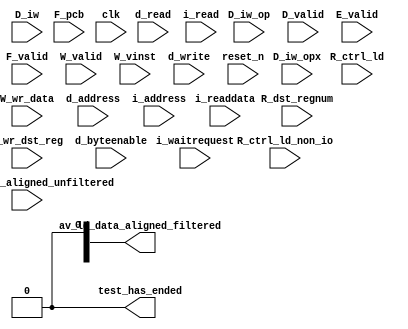
//Legal Notice: (C)2015 Altera Corporation. All rights reserved.  Your
//use of Altera Corporation's design tools, logic functions and other
//software and tools, and its AMPP partner logic functions, and any
//output files any of the foregoing (including device programming or
//simulation files), and any associated documentation or information are
//expressly subject to the terms and conditions of the Altera Program
//License Subscription Agreement or other applicable license agreement,
//including, without limitation, that your use is for the sole purpose
//of programming logic devices manufactured by Altera and sold by Altera
//or its authorized distributors.  Please refer to the applicable
//agreement for further details.

// synthesis translate_off
`timescale 1ns / 1ps
// synthesis translate_on

// turn off superfluous verilog processor warnings 
// altera message_level Level1 
// altera message_off 10034 10035 10036 10037 10230 10240 10030 

module DE0_Nano_SOPC_cpu_test_bench (
                                      // inputs:
                                       D_iw,
                                       D_iw_op,
                                       D_iw_opx,
                                       D_valid,
                                       E_valid,
                                       F_pcb,
                                       F_valid,
                                       R_ctrl_ld,
                                       R_ctrl_ld_non_io,
                                       R_dst_regnum,
                                       R_wr_dst_reg,
                                       W_valid,
                                       W_vinst,
                                       W_wr_data,
                                       av_ld_data_aligned_unfiltered,
                                       clk,
                                       d_address,
                                       d_byteenable,
                                       d_read,
                                       d_write,
                                       i_address,
                                       i_read,
                                       i_readdata,
                                       i_waitrequest,
                                       reset_n,

                                      // outputs:
                                       av_ld_data_aligned_filtered,
                                       test_has_ended
                                    )
;

  output  [ 31: 0] av_ld_data_aligned_filtered;
  output           test_has_ended;
  input   [ 31: 0] D_iw;
  input   [  5: 0] D_iw_op;
  input   [  5: 0] D_iw_opx;
  input            D_valid;
  input            E_valid;
  input   [ 26: 0] F_pcb;
  input            F_valid;
  input            R_ctrl_ld;
  input            R_ctrl_ld_non_io;
  input   [  4: 0] R_dst_regnum;
  input            R_wr_dst_reg;
  input            W_valid;
  input   [ 55: 0] W_vinst;
  input   [ 31: 0] W_wr_data;
  input   [ 31: 0] av_ld_data_aligned_unfiltered;
  input            clk;
  input   [ 26: 0] d_address;
  input   [  3: 0] d_byteenable;
  input            d_read;
  input            d_write;
  input   [ 26: 0] i_address;
  input            i_read;
  input   [ 31: 0] i_readdata;
  input            i_waitrequest;
  input            reset_n;

  wire             D_op_add;
  wire             D_op_addi;
  wire             D_op_and;
  wire             D_op_andhi;
  wire             D_op_andi;
  wire             D_op_beq;
  wire             D_op_bge;
  wire             D_op_bgeu;
  wire             D_op_blt;
  wire             D_op_bltu;
  wire             D_op_bne;
  wire             D_op_br;
  wire             D_op_break;
  wire             D_op_bret;
  wire             D_op_call;
  wire             D_op_callr;
  wire             D_op_cmpeq;
  wire             D_op_cmpeqi;
  wire             D_op_cmpge;
  wire             D_op_cmpgei;
  wire             D_op_cmpgeu;
  wire             D_op_cmpgeui;
  wire             D_op_cmplt;
  wire             D_op_cmplti;
  wire             D_op_cmpltu;
  wire             D_op_cmpltui;
  wire             D_op_cmpne;
  wire             D_op_cmpnei;
  wire             D_op_crst;
  wire             D_op_custom;
  wire             D_op_div;
  wire             D_op_divu;
  wire             D_op_eret;
  wire             D_op_flushd;
  wire             D_op_flushda;
  wire             D_op_flushi;
  wire             D_op_flushp;
  wire             D_op_hbreak;
  wire             D_op_initd;
  wire             D_op_initda;
  wire             D_op_initi;
  wire             D_op_intr;
  wire             D_op_jmp;
  wire             D_op_jmpi;
  wire             D_op_ldb;
  wire             D_op_ldbio;
  wire             D_op_ldbu;
  wire             D_op_ldbuio;
  wire             D_op_ldh;
  wire             D_op_ldhio;
  wire             D_op_ldhu;
  wire             D_op_ldhuio;
  wire             D_op_ldl;
  wire             D_op_ldw;
  wire             D_op_ldwio;
  wire             D_op_mul;
  wire             D_op_muli;
  wire             D_op_mulxss;
  wire             D_op_mulxsu;
  wire             D_op_mulxuu;
  wire             D_op_nextpc;
  wire             D_op_nor;
  wire             D_op_opx;
  wire             D_op_or;
  wire             D_op_orhi;
  wire             D_op_ori;
  wire             D_op_rdctl;
  wire             D_op_rdprs;
  wire             D_op_ret;
  wire             D_op_rol;
  wire             D_op_roli;
  wire             D_op_ror;
  wire             D_op_rsv02;
  wire             D_op_rsv09;
  wire             D_op_rsv10;
  wire             D_op_rsv17;
  wire             D_op_rsv18;
  wire             D_op_rsv25;
  wire             D_op_rsv26;
  wire             D_op_rsv33;
  wire             D_op_rsv34;
  wire             D_op_rsv41;
  wire             D_op_rsv42;
  wire             D_op_rsv49;
  wire             D_op_rsv57;
  wire             D_op_rsv61;
  wire             D_op_rsv62;
  wire             D_op_rsv63;
  wire             D_op_rsvx00;
  wire             D_op_rsvx10;
  wire             D_op_rsvx15;
  wire             D_op_rsvx17;
  wire             D_op_rsvx21;
  wire             D_op_rsvx25;
  wire             D_op_rsvx33;
  wire             D_op_rsvx34;
  wire             D_op_rsvx35;
  wire             D_op_rsvx42;
  wire             D_op_rsvx43;
  wire             D_op_rsvx44;
  wire             D_op_rsvx47;
  wire             D_op_rsvx50;
  wire             D_op_rsvx51;
  wire             D_op_rsvx55;
  wire             D_op_rsvx56;
  wire             D_op_rsvx60;
  wire             D_op_rsvx63;
  wire             D_op_sll;
  wire             D_op_slli;
  wire             D_op_sra;
  wire             D_op_srai;
  wire             D_op_srl;
  wire             D_op_srli;
  wire             D_op_stb;
  wire             D_op_stbio;
  wire             D_op_stc;
  wire             D_op_sth;
  wire             D_op_sthio;
  wire             D_op_stw;
  wire             D_op_stwio;
  wire             D_op_sub;
  wire             D_op_sync;
  wire             D_op_trap;
  wire             D_op_wrctl;
  wire             D_op_wrprs;
  wire             D_op_xor;
  wire             D_op_xorhi;
  wire             D_op_xori;
  wire    [ 31: 0] av_ld_data_aligned_filtered;
  wire             av_ld_data_aligned_unfiltered_0_is_x;
  wire             av_ld_data_aligned_unfiltered_10_is_x;
  wire             av_ld_data_aligned_unfiltered_11_is_x;
  wire             av_ld_data_aligned_unfiltered_12_is_x;
  wire             av_ld_data_aligned_unfiltered_13_is_x;
  wire             av_ld_data_aligned_unfiltered_14_is_x;
  wire             av_ld_data_aligned_unfiltered_15_is_x;
  wire             av_ld_data_aligned_unfiltered_16_is_x;
  wire             av_ld_data_aligned_unfiltered_17_is_x;
  wire             av_ld_data_aligned_unfiltered_18_is_x;
  wire             av_ld_data_aligned_unfiltered_19_is_x;
  wire             av_ld_data_aligned_unfiltered_1_is_x;
  wire             av_ld_data_aligned_unfiltered_20_is_x;
  wire             av_ld_data_aligned_unfiltered_21_is_x;
  wire             av_ld_data_aligned_unfiltered_22_is_x;
  wire             av_ld_data_aligned_unfiltered_23_is_x;
  wire             av_ld_data_aligned_unfiltered_24_is_x;
  wire             av_ld_data_aligned_unfiltered_25_is_x;
  wire             av_ld_data_aligned_unfiltered_26_is_x;
  wire             av_ld_data_aligned_unfiltered_27_is_x;
  wire             av_ld_data_aligned_unfiltered_28_is_x;
  wire             av_ld_data_aligned_unfiltered_29_is_x;
  wire             av_ld_data_aligned_unfiltered_2_is_x;
  wire             av_ld_data_aligned_unfiltered_30_is_x;
  wire             av_ld_data_aligned_unfiltered_31_is_x;
  wire             av_ld_data_aligned_unfiltered_3_is_x;
  wire             av_ld_data_aligned_unfiltered_4_is_x;
  wire             av_ld_data_aligned_unfiltered_5_is_x;
  wire             av_ld_data_aligned_unfiltered_6_is_x;
  wire             av_ld_data_aligned_unfiltered_7_is_x;
  wire             av_ld_data_aligned_unfiltered_8_is_x;
  wire             av_ld_data_aligned_unfiltered_9_is_x;
  wire             test_has_ended;
  assign D_op_call = D_iw_op == 0;
  assign D_op_jmpi = D_iw_op == 1;
  assign D_op_ldbu = D_iw_op == 3;
  assign D_op_addi = D_iw_op == 4;
  assign D_op_stb = D_iw_op == 5;
  assign D_op_br = D_iw_op == 6;
  assign D_op_ldb = D_iw_op == 7;
  assign D_op_cmpgei = D_iw_op == 8;
  assign D_op_ldhu = D_iw_op == 11;
  assign D_op_andi = D_iw_op == 12;
  assign D_op_sth = D_iw_op == 13;
  assign D_op_bge = D_iw_op == 14;
  assign D_op_ldh = D_iw_op == 15;
  assign D_op_cmplti = D_iw_op == 16;
  assign D_op_initda = D_iw_op == 19;
  assign D_op_ori = D_iw_op == 20;
  assign D_op_stw = D_iw_op == 21;
  assign D_op_blt = D_iw_op == 22;
  assign D_op_ldw = D_iw_op == 23;
  assign D_op_cmpnei = D_iw_op == 24;
  assign D_op_flushda = D_iw_op == 27;
  assign D_op_xori = D_iw_op == 28;
  assign D_op_stc = D_iw_op == 29;
  assign D_op_bne = D_iw_op == 30;
  assign D_op_ldl = D_iw_op == 31;
  assign D_op_cmpeqi = D_iw_op == 32;
  assign D_op_ldbuio = D_iw_op == 35;
  assign D_op_muli = D_iw_op == 36;
  assign D_op_stbio = D_iw_op == 37;
  assign D_op_beq = D_iw_op == 38;
  assign D_op_ldbio = D_iw_op == 39;
  assign D_op_cmpgeui = D_iw_op == 40;
  assign D_op_ldhuio = D_iw_op == 43;
  assign D_op_andhi = D_iw_op == 44;
  assign D_op_sthio = D_iw_op == 45;
  assign D_op_bgeu = D_iw_op == 46;
  assign D_op_ldhio = D_iw_op == 47;
  assign D_op_cmpltui = D_iw_op == 48;
  assign D_op_initd = D_iw_op == 51;
  assign D_op_orhi = D_iw_op == 52;
  assign D_op_stwio = D_iw_op == 53;
  assign D_op_bltu = D_iw_op == 54;
  assign D_op_ldwio = D_iw_op == 55;
  assign D_op_rdprs = D_iw_op == 56;
  assign D_op_flushd = D_iw_op == 59;
  assign D_op_xorhi = D_iw_op == 60;
  assign D_op_rsv02 = D_iw_op == 2;
  assign D_op_rsv09 = D_iw_op == 9;
  assign D_op_rsv10 = D_iw_op == 10;
  assign D_op_rsv17 = D_iw_op == 17;
  assign D_op_rsv18 = D_iw_op == 18;
  assign D_op_rsv25 = D_iw_op == 25;
  assign D_op_rsv26 = D_iw_op == 26;
  assign D_op_rsv33 = D_iw_op == 33;
  assign D_op_rsv34 = D_iw_op == 34;
  assign D_op_rsv41 = D_iw_op == 41;
  assign D_op_rsv42 = D_iw_op == 42;
  assign D_op_rsv49 = D_iw_op == 49;
  assign D_op_rsv57 = D_iw_op == 57;
  assign D_op_rsv61 = D_iw_op == 61;
  assign D_op_rsv62 = D_iw_op == 62;
  assign D_op_rsv63 = D_iw_op == 63;
  assign D_op_eret = D_op_opx & (D_iw_opx == 1);
  assign D_op_roli = D_op_opx & (D_iw_opx == 2);
  assign D_op_rol = D_op_opx & (D_iw_opx == 3);
  assign D_op_flushp = D_op_opx & (D_iw_opx == 4);
  assign D_op_ret = D_op_opx & (D_iw_opx == 5);
  assign D_op_nor = D_op_opx & (D_iw_opx == 6);
  assign D_op_mulxuu = D_op_opx & (D_iw_opx == 7);
  assign D_op_cmpge = D_op_opx & (D_iw_opx == 8);
  assign D_op_bret = D_op_opx & (D_iw_opx == 9);
  assign D_op_ror = D_op_opx & (D_iw_opx == 11);
  assign D_op_flushi = D_op_opx & (D_iw_opx == 12);
  assign D_op_jmp = D_op_opx & (D_iw_opx == 13);
  assign D_op_and = D_op_opx & (D_iw_opx == 14);
  assign D_op_cmplt = D_op_opx & (D_iw_opx == 16);
  assign D_op_slli = D_op_opx & (D_iw_opx == 18);
  assign D_op_sll = D_op_opx & (D_iw_opx == 19);
  assign D_op_wrprs = D_op_opx & (D_iw_opx == 20);
  assign D_op_or = D_op_opx & (D_iw_opx == 22);
  assign D_op_mulxsu = D_op_opx & (D_iw_opx == 23);
  assign D_op_cmpne = D_op_opx & (D_iw_opx == 24);
  assign D_op_srli = D_op_opx & (D_iw_opx == 26);
  assign D_op_srl = D_op_opx & (D_iw_opx == 27);
  assign D_op_nextpc = D_op_opx & (D_iw_opx == 28);
  assign D_op_callr = D_op_opx & (D_iw_opx == 29);
  assign D_op_xor = D_op_opx & (D_iw_opx == 30);
  assign D_op_mulxss = D_op_opx & (D_iw_opx == 31);
  assign D_op_cmpeq = D_op_opx & (D_iw_opx == 32);
  assign D_op_divu = D_op_opx & (D_iw_opx == 36);
  assign D_op_div = D_op_opx & (D_iw_opx == 37);
  assign D_op_rdctl = D_op_opx & (D_iw_opx == 38);
  assign D_op_mul = D_op_opx & (D_iw_opx == 39);
  assign D_op_cmpgeu = D_op_opx & (D_iw_opx == 40);
  assign D_op_initi = D_op_opx & (D_iw_opx == 41);
  assign D_op_trap = D_op_opx & (D_iw_opx == 45);
  assign D_op_wrctl = D_op_opx & (D_iw_opx == 46);
  assign D_op_cmpltu = D_op_opx & (D_iw_opx == 48);
  assign D_op_add = D_op_opx & (D_iw_opx == 49);
  assign D_op_break = D_op_opx & (D_iw_opx == 52);
  assign D_op_hbreak = D_op_opx & (D_iw_opx == 53);
  assign D_op_sync = D_op_opx & (D_iw_opx == 54);
  assign D_op_sub = D_op_opx & (D_iw_opx == 57);
  assign D_op_srai = D_op_opx & (D_iw_opx == 58);
  assign D_op_sra = D_op_opx & (D_iw_opx == 59);
  assign D_op_intr = D_op_opx & (D_iw_opx == 61);
  assign D_op_crst = D_op_opx & (D_iw_opx == 62);
  assign D_op_rsvx00 = D_op_opx & (D_iw_opx == 0);
  assign D_op_rsvx10 = D_op_opx & (D_iw_opx == 10);
  assign D_op_rsvx15 = D_op_opx & (D_iw_opx == 15);
  assign D_op_rsvx17 = D_op_opx & (D_iw_opx == 17);
  assign D_op_rsvx21 = D_op_opx & (D_iw_opx == 21);
  assign D_op_rsvx25 = D_op_opx & (D_iw_opx == 25);
  assign D_op_rsvx33 = D_op_opx & (D_iw_opx == 33);
  assign D_op_rsvx34 = D_op_opx & (D_iw_opx == 34);
  assign D_op_rsvx35 = D_op_opx & (D_iw_opx == 35);
  assign D_op_rsvx42 = D_op_opx & (D_iw_opx == 42);
  assign D_op_rsvx43 = D_op_opx & (D_iw_opx == 43);
  assign D_op_rsvx44 = D_op_opx & (D_iw_opx == 44);
  assign D_op_rsvx47 = D_op_opx & (D_iw_opx == 47);
  assign D_op_rsvx50 = D_op_opx & (D_iw_opx == 50);
  assign D_op_rsvx51 = D_op_opx & (D_iw_opx == 51);
  assign D_op_rsvx55 = D_op_opx & (D_iw_opx == 55);
  assign D_op_rsvx56 = D_op_opx & (D_iw_opx == 56);
  assign D_op_rsvx60 = D_op_opx & (D_iw_opx == 60);
  assign D_op_rsvx63 = D_op_opx & (D_iw_opx == 63);
  assign D_op_opx = D_iw_op == 58;
  assign D_op_custom = D_iw_op == 50;
  assign test_has_ended = 1'b0;

//synthesis translate_off
//////////////// SIMULATION-ONLY CONTENTS
  //Clearing 'X' data bits
  assign av_ld_data_aligned_unfiltered_0_is_x = ^(av_ld_data_aligned_unfiltered[0]) === 1'bx;

  assign av_ld_data_aligned_filtered[0] = (av_ld_data_aligned_unfiltered_0_is_x & (R_ctrl_ld_non_io)) ? 1'b0 : av_ld_data_aligned_unfiltered[0];
  assign av_ld_data_aligned_unfiltered_1_is_x = ^(av_ld_data_aligned_unfiltered[1]) === 1'bx;
  assign av_ld_data_aligned_filtered[1] = (av_ld_data_aligned_unfiltered_1_is_x & (R_ctrl_ld_non_io)) ? 1'b0 : av_ld_data_aligned_unfiltered[1];
  assign av_ld_data_aligned_unfiltered_2_is_x = ^(av_ld_data_aligned_unfiltered[2]) === 1'bx;
  assign av_ld_data_aligned_filtered[2] = (av_ld_data_aligned_unfiltered_2_is_x & (R_ctrl_ld_non_io)) ? 1'b0 : av_ld_data_aligned_unfiltered[2];
  assign av_ld_data_aligned_unfiltered_3_is_x = ^(av_ld_data_aligned_unfiltered[3]) === 1'bx;
  assign av_ld_data_aligned_filtered[3] = (av_ld_data_aligned_unfiltered_3_is_x & (R_ctrl_ld_non_io)) ? 1'b0 : av_ld_data_aligned_unfiltered[3];
  assign av_ld_data_aligned_unfiltered_4_is_x = ^(av_ld_data_aligned_unfiltered[4]) === 1'bx;
  assign av_ld_data_aligned_filtered[4] = (av_ld_data_aligned_unfiltered_4_is_x & (R_ctrl_ld_non_io)) ? 1'b0 : av_ld_data_aligned_unfiltered[4];
  assign av_ld_data_aligned_unfiltered_5_is_x = ^(av_ld_data_aligned_unfiltered[5]) === 1'bx;
  assign av_ld_data_aligned_filtered[5] = (av_ld_data_aligned_unfiltered_5_is_x & (R_ctrl_ld_non_io)) ? 1'b0 : av_ld_data_aligned_unfiltered[5];
  assign av_ld_data_aligned_unfiltered_6_is_x = ^(av_ld_data_aligned_unfiltered[6]) === 1'bx;
  assign av_ld_data_aligned_filtered[6] = (av_ld_data_aligned_unfiltered_6_is_x & (R_ctrl_ld_non_io)) ? 1'b0 : av_ld_data_aligned_unfiltered[6];
  assign av_ld_data_aligned_unfiltered_7_is_x = ^(av_ld_data_aligned_unfiltered[7]) === 1'bx;
  assign av_ld_data_aligned_filtered[7] = (av_ld_data_aligned_unfiltered_7_is_x & (R_ctrl_ld_non_io)) ? 1'b0 : av_ld_data_aligned_unfiltered[7];
  assign av_ld_data_aligned_unfiltered_8_is_x = ^(av_ld_data_aligned_unfiltered[8]) === 1'bx;
  assign av_ld_data_aligned_filtered[8] = (av_ld_data_aligned_unfiltered_8_is_x & (R_ctrl_ld_non_io)) ? 1'b0 : av_ld_data_aligned_unfiltered[8];
  assign av_ld_data_aligned_unfiltered_9_is_x = ^(av_ld_data_aligned_unfiltered[9]) === 1'bx;
  assign av_ld_data_aligned_filtered[9] = (av_ld_data_aligned_unfiltered_9_is_x & (R_ctrl_ld_non_io)) ? 1'b0 : av_ld_data_aligned_unfiltered[9];
  assign av_ld_data_aligned_unfiltered_10_is_x = ^(av_ld_data_aligned_unfiltered[10]) === 1'bx;
  assign av_ld_data_aligned_filtered[10] = (av_ld_data_aligned_unfiltered_10_is_x & (R_ctrl_ld_non_io)) ? 1'b0 : av_ld_data_aligned_unfiltered[10];
  assign av_ld_data_aligned_unfiltered_11_is_x = ^(av_ld_data_aligned_unfiltered[11]) === 1'bx;
  assign av_ld_data_aligned_filtered[11] = (av_ld_data_aligned_unfiltered_11_is_x & (R_ctrl_ld_non_io)) ? 1'b0 : av_ld_data_aligned_unfiltered[11];
  assign av_ld_data_aligned_unfiltered_12_is_x = ^(av_ld_data_aligned_unfiltered[12]) === 1'bx;
  assign av_ld_data_aligned_filtered[12] = (av_ld_data_aligned_unfiltered_12_is_x & (R_ctrl_ld_non_io)) ? 1'b0 : av_ld_data_aligned_unfiltered[12];
  assign av_ld_data_aligned_unfiltered_13_is_x = ^(av_ld_data_aligned_unfiltered[13]) === 1'bx;
  assign av_ld_data_aligned_filtered[13] = (av_ld_data_aligned_unfiltered_13_is_x & (R_ctrl_ld_non_io)) ? 1'b0 : av_ld_data_aligned_unfiltered[13];
  assign av_ld_data_aligned_unfiltered_14_is_x = ^(av_ld_data_aligned_unfiltered[14]) === 1'bx;
  assign av_ld_data_aligned_filtered[14] = (av_ld_data_aligned_unfiltered_14_is_x & (R_ctrl_ld_non_io)) ? 1'b0 : av_ld_data_aligned_unfiltered[14];
  assign av_ld_data_aligned_unfiltered_15_is_x = ^(av_ld_data_aligned_unfiltered[15]) === 1'bx;
  assign av_ld_data_aligned_filtered[15] = (av_ld_data_aligned_unfiltered_15_is_x & (R_ctrl_ld_non_io)) ? 1'b0 : av_ld_data_aligned_unfiltered[15];
  assign av_ld_data_aligned_unfiltered_16_is_x = ^(av_ld_data_aligned_unfiltered[16]) === 1'bx;
  assign av_ld_data_aligned_filtered[16] = (av_ld_data_aligned_unfiltered_16_is_x & (R_ctrl_ld_non_io)) ? 1'b0 : av_ld_data_aligned_unfiltered[16];
  assign av_ld_data_aligned_unfiltered_17_is_x = ^(av_ld_data_aligned_unfiltered[17]) === 1'bx;
  assign av_ld_data_aligned_filtered[17] = (av_ld_data_aligned_unfiltered_17_is_x & (R_ctrl_ld_non_io)) ? 1'b0 : av_ld_data_aligned_unfiltered[17];
  assign av_ld_data_aligned_unfiltered_18_is_x = ^(av_ld_data_aligned_unfiltered[18]) === 1'bx;
  assign av_ld_data_aligned_filtered[18] = (av_ld_data_aligned_unfiltered_18_is_x & (R_ctrl_ld_non_io)) ? 1'b0 : av_ld_data_aligned_unfiltered[18];
  assign av_ld_data_aligned_unfiltered_19_is_x = ^(av_ld_data_aligned_unfiltered[19]) === 1'bx;
  assign av_ld_data_aligned_filtered[19] = (av_ld_data_aligned_unfiltered_19_is_x & (R_ctrl_ld_non_io)) ? 1'b0 : av_ld_data_aligned_unfiltered[19];
  assign av_ld_data_aligned_unfiltered_20_is_x = ^(av_ld_data_aligned_unfiltered[20]) === 1'bx;
  assign av_ld_data_aligned_filtered[20] = (av_ld_data_aligned_unfiltered_20_is_x & (R_ctrl_ld_non_io)) ? 1'b0 : av_ld_data_aligned_unfiltered[20];
  assign av_ld_data_aligned_unfiltered_21_is_x = ^(av_ld_data_aligned_unfiltered[21]) === 1'bx;
  assign av_ld_data_aligned_filtered[21] = (av_ld_data_aligned_unfiltered_21_is_x & (R_ctrl_ld_non_io)) ? 1'b0 : av_ld_data_aligned_unfiltered[21];
  assign av_ld_data_aligned_unfiltered_22_is_x = ^(av_ld_data_aligned_unfiltered[22]) === 1'bx;
  assign av_ld_data_aligned_filtered[22] = (av_ld_data_aligned_unfiltered_22_is_x & (R_ctrl_ld_non_io)) ? 1'b0 : av_ld_data_aligned_unfiltered[22];
  assign av_ld_data_aligned_unfiltered_23_is_x = ^(av_ld_data_aligned_unfiltered[23]) === 1'bx;
  assign av_ld_data_aligned_filtered[23] = (av_ld_data_aligned_unfiltered_23_is_x & (R_ctrl_ld_non_io)) ? 1'b0 : av_ld_data_aligned_unfiltered[23];
  assign av_ld_data_aligned_unfiltered_24_is_x = ^(av_ld_data_aligned_unfiltered[24]) === 1'bx;
  assign av_ld_data_aligned_filtered[24] = (av_ld_data_aligned_unfiltered_24_is_x & (R_ctrl_ld_non_io)) ? 1'b0 : av_ld_data_aligned_unfiltered[24];
  assign av_ld_data_aligned_unfiltered_25_is_x = ^(av_ld_data_aligned_unfiltered[25]) === 1'bx;
  assign av_ld_data_aligned_filtered[25] = (av_ld_data_aligned_unfiltered_25_is_x & (R_ctrl_ld_non_io)) ? 1'b0 : av_ld_data_aligned_unfiltered[25];
  assign av_ld_data_aligned_unfiltered_26_is_x = ^(av_ld_data_aligned_unfiltered[26]) === 1'bx;
  assign av_ld_data_aligned_filtered[26] = (av_ld_data_aligned_unfiltered_26_is_x & (R_ctrl_ld_non_io)) ? 1'b0 : av_ld_data_aligned_unfiltered[26];
  assign av_ld_data_aligned_unfiltered_27_is_x = ^(av_ld_data_aligned_unfiltered[27]) === 1'bx;
  assign av_ld_data_aligned_filtered[27] = (av_ld_data_aligned_unfiltered_27_is_x & (R_ctrl_ld_non_io)) ? 1'b0 : av_ld_data_aligned_unfiltered[27];
  assign av_ld_data_aligned_unfiltered_28_is_x = ^(av_ld_data_aligned_unfiltered[28]) === 1'bx;
  assign av_ld_data_aligned_filtered[28] = (av_ld_data_aligned_unfiltered_28_is_x & (R_ctrl_ld_non_io)) ? 1'b0 : av_ld_data_aligned_unfiltered[28];
  assign av_ld_data_aligned_unfiltered_29_is_x = ^(av_ld_data_aligned_unfiltered[29]) === 1'bx;
  assign av_ld_data_aligned_filtered[29] = (av_ld_data_aligned_unfiltered_29_is_x & (R_ctrl_ld_non_io)) ? 1'b0 : av_ld_data_aligned_unfiltered[29];
  assign av_ld_data_aligned_unfiltered_30_is_x = ^(av_ld_data_aligned_unfiltered[30]) === 1'bx;
  assign av_ld_data_aligned_filtered[30] = (av_ld_data_aligned_unfiltered_30_is_x & (R_ctrl_ld_non_io)) ? 1'b0 : av_ld_data_aligned_unfiltered[30];
  assign av_ld_data_aligned_unfiltered_31_is_x = ^(av_ld_data_aligned_unfiltered[31]) === 1'bx;
  assign av_ld_data_aligned_filtered[31] = (av_ld_data_aligned_unfiltered_31_is_x & (R_ctrl_ld_non_io)) ? 1'b0 : av_ld_data_aligned_unfiltered[31];
  always @(posedge clk)
    begin
      if (reset_n)
          if (^(F_valid) === 1'bx)
            begin
              $write("%0d ns: ERROR: DE0_Nano_SOPC_cpu_test_bench/F_valid is 'x'\n", $time);
              $stop;
            end
    end


  always @(posedge clk)
    begin
      if (reset_n)
          if (^(D_valid) === 1'bx)
            begin
              $write("%0d ns: ERROR: DE0_Nano_SOPC_cpu_test_bench/D_valid is 'x'\n", $time);
              $stop;
            end
    end


  always @(posedge clk)
    begin
      if (reset_n)
          if (^(E_valid) === 1'bx)
            begin
              $write("%0d ns: ERROR: DE0_Nano_SOPC_cpu_test_bench/E_valid is 'x'\n", $time);
              $stop;
            end
    end


  always @(posedge clk)
    begin
      if (reset_n)
          if (^(W_valid) === 1'bx)
            begin
              $write("%0d ns: ERROR: DE0_Nano_SOPC_cpu_test_bench/W_valid is 'x'\n", $time);
              $stop;
            end
    end


  always @(posedge clk or negedge reset_n)
    begin
      if (reset_n == 0)
        begin
        end
      else if (W_valid)
          if (^(R_wr_dst_reg) === 1'bx)
            begin
              $write("%0d ns: ERROR: DE0_Nano_SOPC_cpu_test_bench/R_wr_dst_reg is 'x'\n", $time);
              $stop;
            end
    end


  always @(posedge clk or negedge reset_n)
    begin
      if (reset_n == 0)
        begin
        end
      else if (W_valid & R_wr_dst_reg)
          if (^(W_wr_data) === 1'bx)
            begin
              $write("%0d ns: ERROR: DE0_Nano_SOPC_cpu_test_bench/W_wr_data is 'x'\n", $time);
              $stop;
            end
    end


  always @(posedge clk or negedge reset_n)
    begin
      if (reset_n == 0)
        begin
        end
      else if (W_valid & R_wr_dst_reg)
          if (^(R_dst_regnum) === 1'bx)
            begin
              $write("%0d ns: ERROR: DE0_Nano_SOPC_cpu_test_bench/R_dst_regnum is 'x'\n", $time);
              $stop;
            end
    end


  always @(posedge clk)
    begin
      if (reset_n)
          if (^(d_write) === 1'bx)
            begin
              $write("%0d ns: ERROR: DE0_Nano_SOPC_cpu_test_bench/d_write is 'x'\n", $time);
              $stop;
            end
    end


  always @(posedge clk or negedge reset_n)
    begin
      if (reset_n == 0)
        begin
        end
      else if (d_write)
          if (^(d_byteenable) === 1'bx)
            begin
              $write("%0d ns: ERROR: DE0_Nano_SOPC_cpu_test_bench/d_byteenable is 'x'\n", $time);
              $stop;
            end
    end


  always @(posedge clk or negedge reset_n)
    begin
      if (reset_n == 0)
        begin
        end
      else if (d_write | d_read)
          if (^(d_address) === 1'bx)
            begin
              $write("%0d ns: ERROR: DE0_Nano_SOPC_cpu_test_bench/d_address is 'x'\n", $time);
              $stop;
            end
    end


  always @(posedge clk)
    begin
      if (reset_n)
          if (^(d_read) === 1'bx)
            begin
              $write("%0d ns: ERROR: DE0_Nano_SOPC_cpu_test_bench/d_read is 'x'\n", $time);
              $stop;
            end
    end


  always @(posedge clk)
    begin
      if (reset_n)
          if (^(i_read) === 1'bx)
            begin
              $write("%0d ns: ERROR: DE0_Nano_SOPC_cpu_test_bench/i_read is 'x'\n", $time);
              $stop;
            end
    end


  always @(posedge clk or negedge reset_n)
    begin
      if (reset_n == 0)
        begin
        end
      else if (i_read)
          if (^(i_address) === 1'bx)
            begin
              $write("%0d ns: ERROR: DE0_Nano_SOPC_cpu_test_bench/i_address is 'x'\n", $time);
              $stop;
            end
    end


  always @(posedge clk or negedge reset_n)
    begin
      if (reset_n == 0)
        begin
        end
      else if (i_read & ~i_waitrequest)
          if (^(i_readdata) === 1'bx)
            begin
              $write("%0d ns: ERROR: DE0_Nano_SOPC_cpu_test_bench/i_readdata is 'x'\n", $time);
              $stop;
            end
    end


  always @(posedge clk or negedge reset_n)
    begin
      if (reset_n == 0)
        begin
        end
      else if (W_valid & R_ctrl_ld)
          if (^(av_ld_data_aligned_unfiltered) === 1'bx)
            begin
              $write("%0d ns: WARNING: DE0_Nano_SOPC_cpu_test_bench/av_ld_data_aligned_unfiltered is 'x'\n", $time);
            end
    end


  always @(posedge clk or negedge reset_n)
    begin
      if (reset_n == 0)
        begin
        end
      else if (W_valid & R_wr_dst_reg)
          if (^(W_wr_data) === 1'bx)
            begin
              $write("%0d ns: WARNING: DE0_Nano_SOPC_cpu_test_bench/W_wr_data is 'x'\n", $time);
            end
    end



//////////////// END SIMULATION-ONLY CONTENTS

//synthesis translate_on
//synthesis read_comments_as_HDL on
//  
//  assign av_ld_data_aligned_filtered = av_ld_data_aligned_unfiltered;
//
//synthesis read_comments_as_HDL off

endmodule